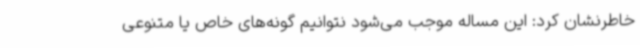
خاطرنشان کرد: این مساله موجب می‌شود نتوانیم گونه‌های خاص یا متنوعی